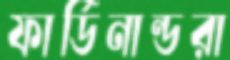
ফার্ডিনান্ডরা